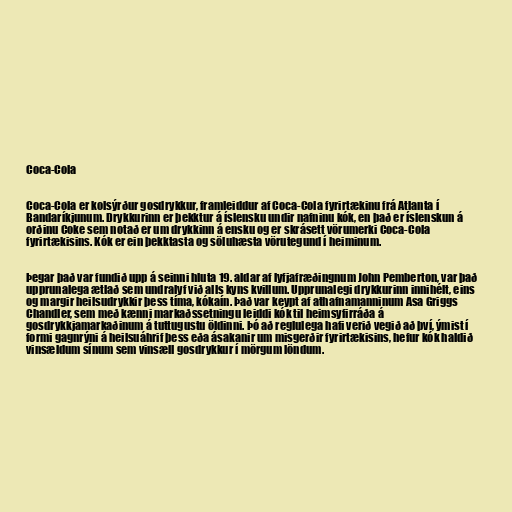
Coca-Cola

Coca-Cola er kolsýrður gosdrykkur, framleiddur af Coca-Cola fyrirtækinu frá Atlanta í
Bandaríkjunum. Drykkurinn er þekktur á íslensku undir nafninu kók, en það er íslenskun á
orðinu Coke sem notað er um drykkinn á ensku og er skrásett vörumerki Coca-Cola
fyrirtækisins. Kók er ein þekktasta og söluhæsta vörutegund í heiminum.

Þegar það var fundið upp á seinni hluta 19. aldar af lyfjafræðingnum John Pemberton, var það
upprunalega ætlað sem undralyf við alls kyns kvillum. Upprunalegi drykkurinn innihélt, eins
og margir heilsudrykkir þess tíma, kókaín. Það var keypt af athafnamanninum Asa Griggs
Chandler, sem með kænni markaðssetningu leiddi kók til heimsyfirráða á
gosdrykkjamarkaðinum á tuttugustu öldinni. Þó að reglulega hafi verið vegið að því, ýmist í
formi gagnrýni á heilsuáhrif þess eða ásakanir um misgerðir fyrirtækisins, hefur kók haldið
vinsældum sínum sem vinsæll gosdrykkur í mörgum löndum.